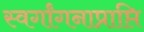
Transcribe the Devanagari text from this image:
स्वर्गांगनाप्राप्ति